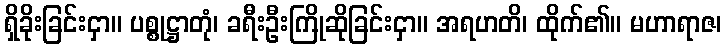
ရှိခိုးခြင်းငှာ။ ပစ္စုဋ္ဌာတုံ၊ ခရီးဦးကြိုဆိုခြင်းငှာ။ အရဟတိ၊ ထိုက်၏။ မဟာရာဇ၊